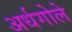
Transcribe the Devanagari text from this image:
अर्धगोले